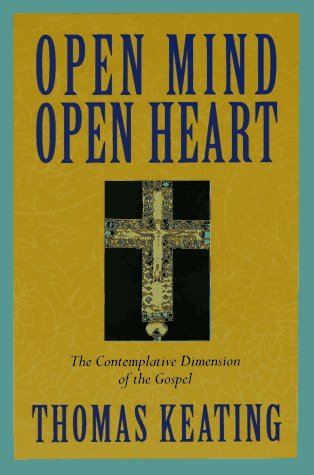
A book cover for Open Mind, Open Heart: The Contemplative Dimension of the Gospel; Thomas, O.C.S.O. Keating; Christian Books & Bibles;